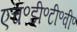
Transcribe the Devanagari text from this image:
एच॰डी॰टी॰वी॰